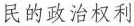
民的政治权利